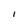
Character: I